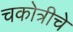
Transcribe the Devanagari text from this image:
चकोत्रीचे